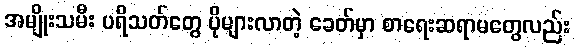
အမျိုးသမီး ပရိသတ်တွေ ပိုများလာတဲ့ ခေတ်မှာ စာရေးဆရာမတွေလည်း